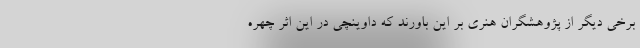
برخی دیگر از پژوهشگران هنری بر این باورند که داوینچی در این اثر چهره